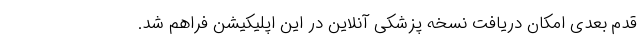
قدم بعدی امکان دریافت نسخه پزشکی آنلاین در این اپلیکیشن فراهم شد.